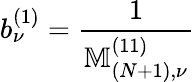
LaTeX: b_{\nu}^{(1)}=\frac{1}{\mathbb{M}_{(N+1),\nu}^{(11)}}